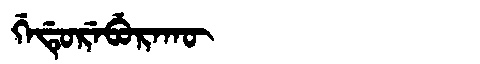
Manchu: ᡤᡝᡩᡠᡵᡝᠪᡠᡵᠠᡴᡡ
Romanization: GEDUREBURAKŪ